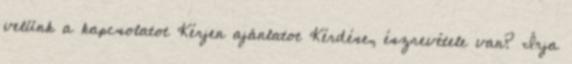
velünk a kapcsolatot Kérjen ajánlatot Kérdése, észrevétele van? Írja